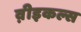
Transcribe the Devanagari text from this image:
व़ीइकल्स